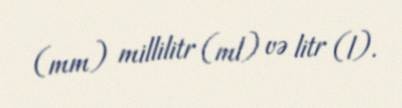
(mm) millilitr (ml) və litr (l).